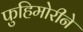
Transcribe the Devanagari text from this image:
फुहिमोरीने